Report of the Municipal Commissioner on the plague in Bombay for the year ending 31st May... - Volume 2
Disease focus: Plague
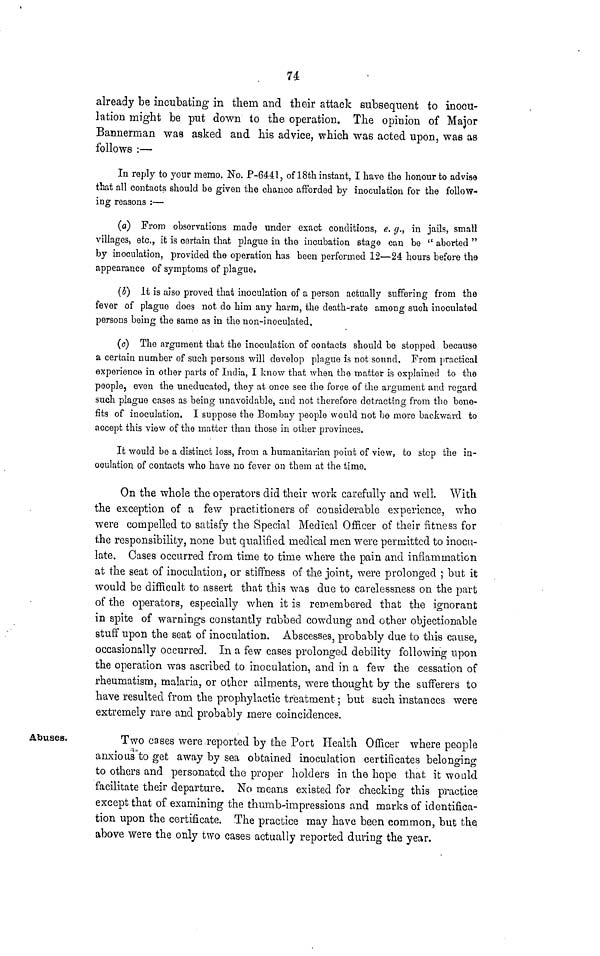
74
already be incubating in them and their attack subsequent to inocu-
lation might be put down to the operation. The opinion of Major
Bannerman was asked and his advice, which was acted upon, was as
follows :—
In reply to your memo. No. P-6441, of 18th instant, I have the honour to advise
that all contacts should be given the chance afforded by inoculation for the follow-
ing reasons :—
(a) From observations made under exact conditions, e. g., in jails, small
villages, etc., it is certain that plague in the incubation stage can be " aborted "
by inoculation, provided the operation has been performed 12—24 hours before the
appearance of symptoms of plague.
(5) It is also proved that inoculation of a person actually suffering from the
fever of plague does not do him any harm, the death-rate among such inoculated
persons being the same as in the non-inoculated.
(e) The argument that the inoculation of contacts should be stopped because
a certain number of such persons will develop plague is not sound. From practical
experience in other parts of India, I know that when the matter is explained to the
people, even the uneducated, they at once see the force of the argument and regard
such plague cases as being unavoidable, and not therefore detracting from the bone-
fits of inoculation. I suppose the Bombay people would not be more backward to
accept this view of the matter than those in other provinces,
It would be a distinct loss, from a humanitarian point of view, to stop the in-
oculation of contacts who have no fever on them at the time.
On the whole the operators did their work carefully and well. With
the exception of a few practitioners of considerable experience, who
were compelled to satisfy the Special Medical Officer of their fitness for
the responsibility, none but qualified medical men were permitted to inocu-
late. Cases occurred from time to time where the pain arid inflammation
at the seat of inoculation, or stiffness of the joint, were prolonged ; but it
would be difficult to assert that this was due to carelessness on the part
of the operators, especially when it is remembered that the ignorant
in spite of warnings constantly rubbed cowdung and other objectionable
stuff upon the seat of inoculation. Abscesses, probably due to this cause,
occasionally occurred. In a few cases prolonged debility following upon
the operation was ascribed to inoculation, and in a few the cessation of
rheumatism, malaria, or other ailments, were thought by the sufferers to
have resulted from the prophylactic treatment; but such instances were
extremely rare and probably mere coincidences.
Abuses.
Two cases were reported by the Port Health Officer where people
anxious to get away by sea obtained inoculation certificates belonging
to others and personated the proper holders in the hope that it would
facilitate their departure. No means existed for checking this practice
except that of examining the thumb-impressions and marks of identifica-
tion upon the certificate. The practice may have been common, but the
above were the only two cases actually reported during the year.